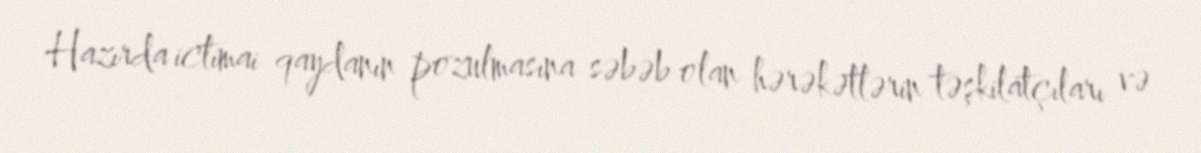
Hazırda ictimai qaydanın pozulmasına səbəb olan hərəkətlərin təşkilatçıları və